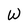
Character: W